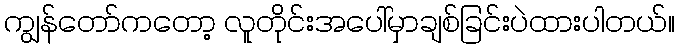
ကျွန်တော်ကတော့ လူတိုင်းအပေါ်မှာချစ်ခြင်းပဲထားပါတယ်။